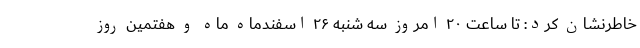
خاطرنشان کرد: تا ساعت ۲۰ امروز سه شنبه ۲۶ اسفندماه ماه و هفتمین روز